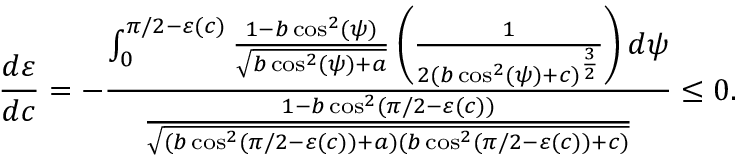
\frac { d \varepsilon } { d c } = - \frac { \int _ { 0 } ^ { \pi / 2 - \varepsilon ( c ) } \frac { 1 - b \cos ^ { 2 } ( \psi ) } { \sqrt { b \cos ^ { 2 } ( \psi ) + a } } \left( \frac { 1 } { 2 ( b \cos ^ { 2 } ( \psi ) + c ) ^ { \frac { 3 } { 2 } } } \right) d \psi } { \frac { 1 - b \cos ^ { 2 } ( \pi / 2 - \varepsilon ( c ) ) } { \sqrt { ( b \cos ^ { 2 } ( \pi / 2 - \varepsilon ( c ) ) + a ) ( b \cos ^ { 2 } ( \pi / 2 - \varepsilon ( c ) ) + c ) } } } \leq 0 .